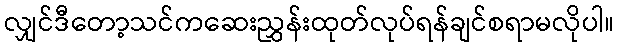
လျှင်ဒီတော့သင်ကဆေးညွှန်းထုတ်လုပ်ရန်ချင်စရာမလိုပါ။